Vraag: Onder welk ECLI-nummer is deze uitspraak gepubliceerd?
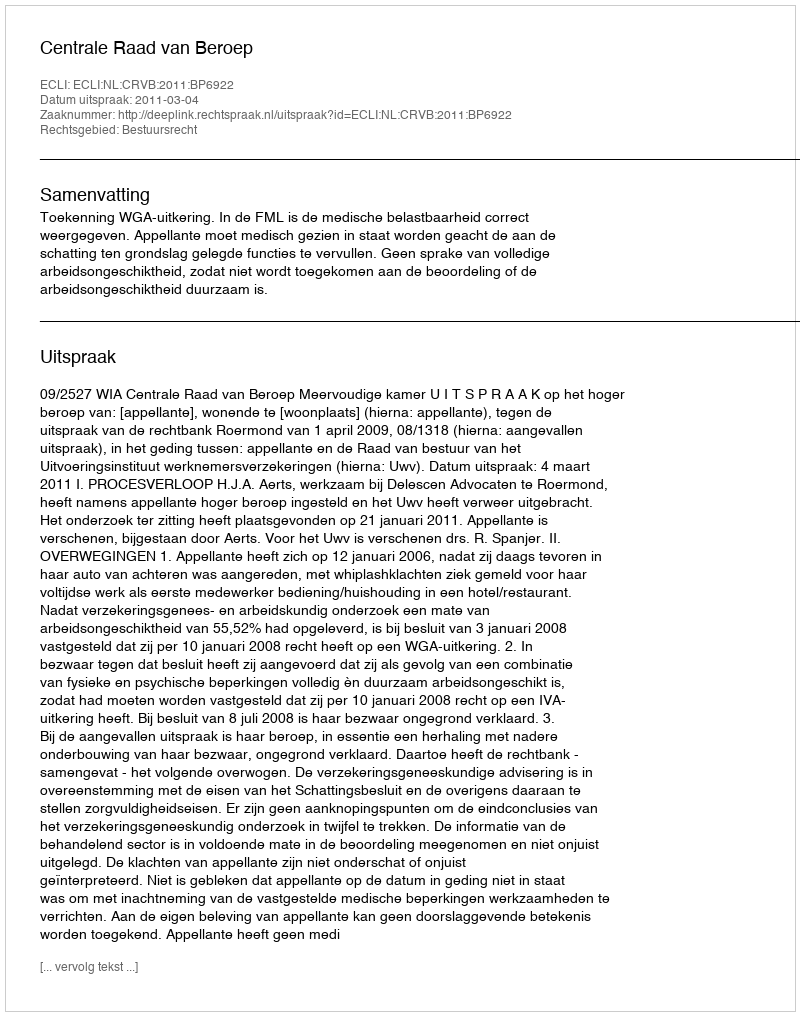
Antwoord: ECLI:NL:CRVB:2011:BP6922